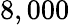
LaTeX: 8,000